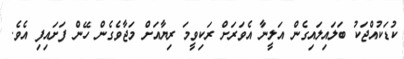
ކުޑަކުއްޖަކު ބަލައިލައިގެން އަލީނާ އެވަރަށް ރަކިވީމަ ރިޔާއަށް މަޖާވެގެން ހޭން ފަށައިފި އެވެ.